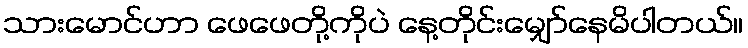
သားမောင်ဟာ ဖေဖေတို့ကိုပဲ နေ့တိုင်းမျှော်နေမိပါတယ်။